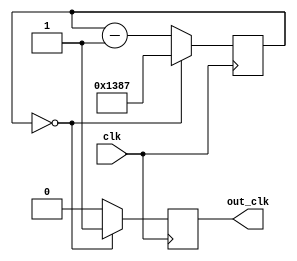
//Clock divider
module divider_5000 (clk, out_clk);
	input clk;
	output out_clk;
	parameter max_value = 4999;
	reg [15:0] count;
	reg out_clk;

	initial out_clk = 1'b0;
	
	always @(posedge clk)
	if (count == 10'b0) begin
		out_clk <= 1'b1;
		count <= max_value;
		end
		
	else begin
		count <= count - 1'b1;
		out_clk <= 1'b0;
	end
endmodule // divider_5000